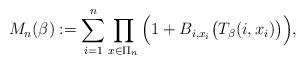
LaTeX: \begin{align*}M_n(\beta):= \sum_{i=1}^n \prod_{x\in\Pi_n} \Big(1+B_{i,x_i}\big(T_\beta(i,x_i)\big)\Big),\end{align*}